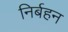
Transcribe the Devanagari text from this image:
निर्बहन